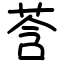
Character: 莟